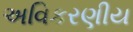
અવિકરણીય